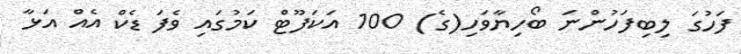
ފަހުގަ ލިބިފަހުންނަ ބޯހިޔާވަހި(ގެ) 100 އަކަފޫޓް ކަމުގައި ވެފަ ޑެކް އެއް އަޅާ